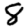
Digit: 8